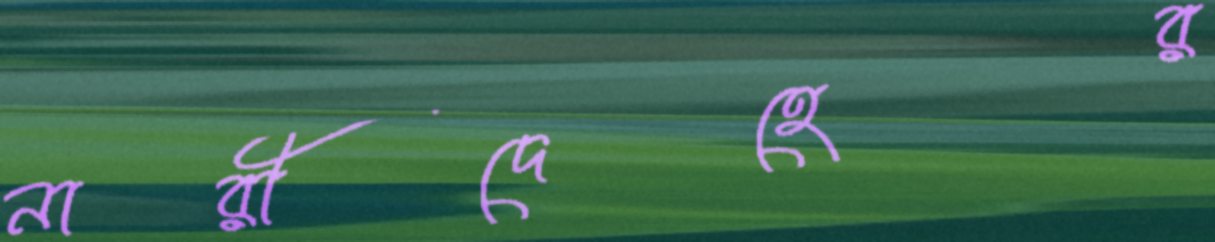
নারীদেহের